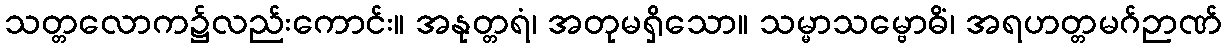
သတ္တလောက၌လည်းကောင်း။ အနုတ္တရံ၊ အတုမရှိသော။ သမ္မာသမ္ဗောဓိံ၊ အရဟတ္တမဂ်ဉာဏ်